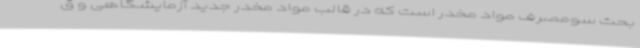
بحث سومصرف مواد مخدر است که در قالب مواد مخدر جدید آزمایشگاهی و ق